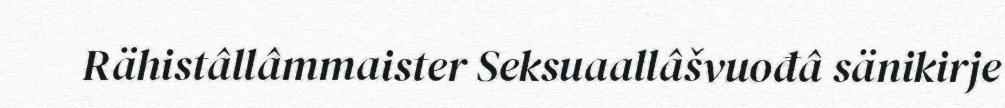
Rähistâllâmmaister Seksuaallâšvuođâ sänikirje